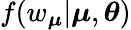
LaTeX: f(w_{\boldsymbol{\mu}}|\boldsymbol{\mu},\boldsymbol{\theta})